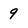
Character: 9